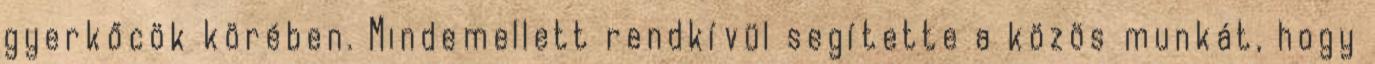
gyerkőcök körében. Mindemellett rendkívül segítette a közös munkát, hogy